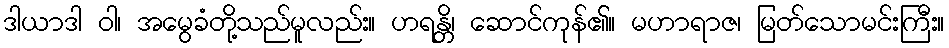
ဒါယာဒါ ဝါ၊ အမွေခံတို့သည်မူလည်း။ ဟရန္တိ၊ ဆောင်ကုန်၏။ မဟာရာဇ၊ မြတ်သောမင်းကြီး။